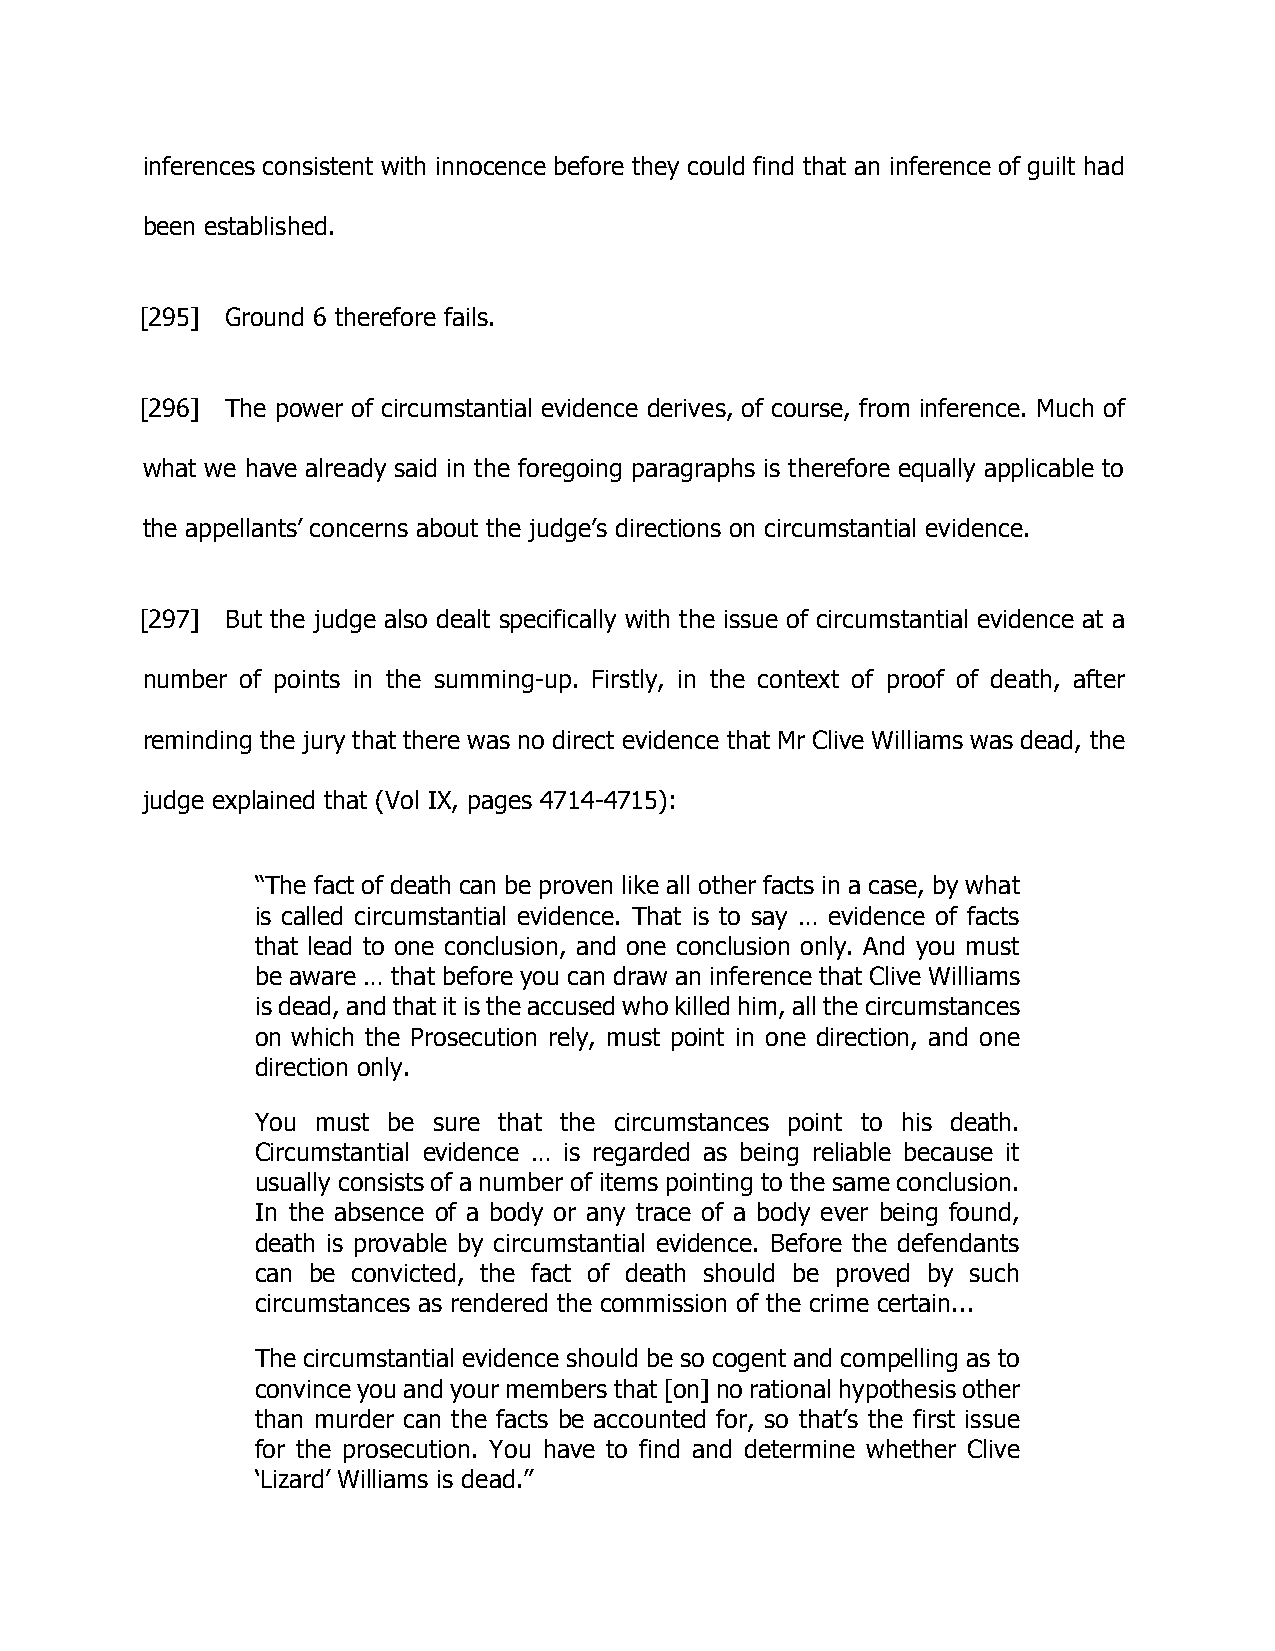
inferences consistent with innocence before they could find that an inference of guilt had
 been established.
 [295] Ground 6 therefore fails.
 [296] The power of circumstantial evidence derives, of course, from inference. Much of
 what we have already said in the foregoing paragraphs is therefore equally applicable to
 the appellants’ concerns about the judge’s directions on circumstantial evidence.
 [297] But the judge also dealt specifically with the issue of circumstantial evidence at a
 number of points in the summing-up. Firstly, in the context of proof of death, after
 reminding the jury that there was no direct evidence that Mr Clive Williams was dead, the
 judge explained that (Vol IX, pages 4714-4715):
 “The fact of death can be proven like all other facts in a case, by what
 is called circumstantial evidence. That is to say … evidence of facts
 that lead to one conclusion, and one conclusion only. And you must
 be aware … that before you can draw an inference that Clive Williams
 is dead, and that it is the accused who killed him, all the circumstances
 on which the Prosecution rely, must point in one direction, and one
 direction only.
 You must be sure that the circumstances point to his death.
 Circumstantial evidence … is regarded as being reliable because it
 usually consists of a number of items pointing to the same conclusion.
 In the absence of a body or any trace of a body ever being found,
 death is provable by circumstantial evidence. Before the defendants
 can be convicted, the fact of death should be proved by such
 circumstances as rendered the commission of the crime certain...
 The circumstantial evidence should be so cogent and compelling as to
 convince you and your members that [on] no rational hypothesis other
 than murder can the facts be accounted for, so that’s the first issue
 for the prosecution. You have to find and determine whether Clive
 ‘Lizard’ Williams is dead.”